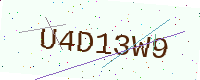
Text: U4D13W9